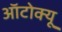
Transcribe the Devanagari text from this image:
ऑटोक्यू